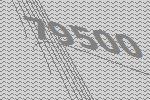
79500